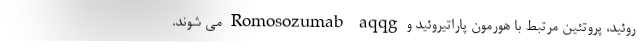
روئید، پروتئین مرتبط با هورمون پاراتیروئید و Romosozumab-aqqg می شوند.